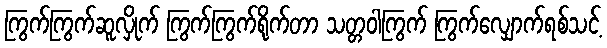
ကြွက်ကြွက်ဆူလှိုက် ကြွက်ကြွက်ရိုက်တာ သတ္တဝါကြွက် ကြွက်လျှောက်ရစ်သင့်